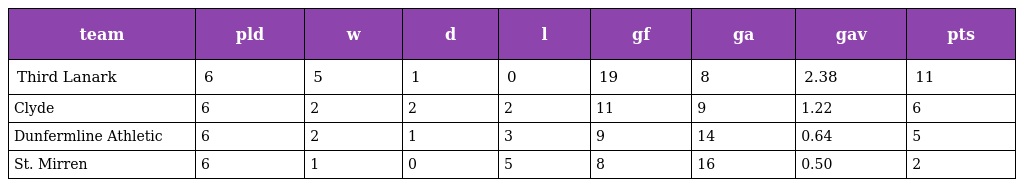
| team | pld | w | d | l | gf | ga | gav | pts |
 | --- | --- | --- | --- | --- | --- | --- | --- | --- |
 | Third Lanark | 6 | 5 | 1 | 0 | 19 | 8 | 2.38 | 11 |
 | Clyde | 6 | 2 | 2 | 2 | 11 | 9 | 1.22 | 6 |
 | Dunfermline Athletic | 6 | 2 | 1 | 3 | 9 | 14 | 0.64 | 5 |
 | St. Mirren | 6 | 1 | 0 | 5 | 8 | 16 | 0.50 | 2 |